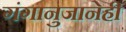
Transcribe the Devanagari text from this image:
गंगानुजानेही